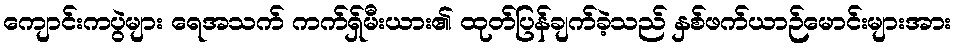
ကျောင်းကပွဲများ ရေအသက် ကက်ရှ်မီးယား၏ ထုတ်ပြန်ချက်ခဲ့သည် နှစ်ဖက်ယာဉ်မောင်းများအား